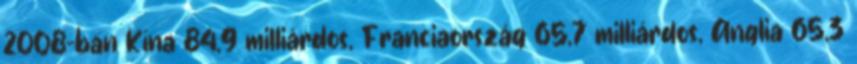
2008-ban Kína 84,9 milliárdos, Franciaország 65,7 milliárdos, Anglia 65,3